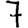
Digit: 7